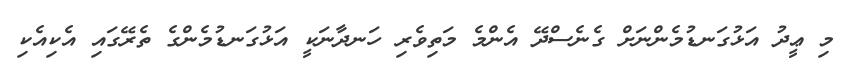
މި ޢީދު އަޅުގަނޑުމެންނަށް ގެނެސްދޭ އެންމެ މަތިވެރި ހަނދާނަކީ އަޅުގަނޑުމެންގެ ތެރޭގައި އެކިއެކި